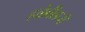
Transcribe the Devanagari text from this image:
हळेबीडची